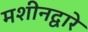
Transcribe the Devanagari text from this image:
मशीनद्वारे